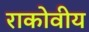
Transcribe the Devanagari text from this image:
राकोवीय